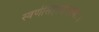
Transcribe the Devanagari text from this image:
स्वर्णसिंहासनस्थः।